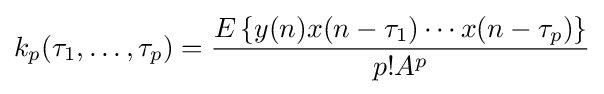
k_{p}(\tau _{1},\dots ,\tau _{p})={\frac {E\left\{y(n)x(n-\tau _{1})\cdots x(n-\tau _{p})\right\}}{p!A^{p}}}